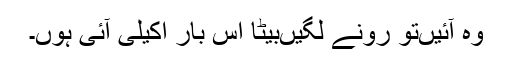
وہ آئیں‌تو رونے لگیں‌بیٹا اس بار اکیلی آئی ہوں۔